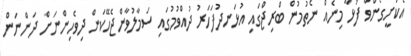
އެކަށީގެންވާ ފުޅާ މިނެއް ނެތުމުން ބްރިޖްގައި އުޅަނދުފަހަރު ދުއްވުމުގައި ސަމާލުވާންޖެހޭކަން ދިވެހިންނަށް ދަންނަން